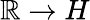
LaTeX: \mathbb{R}\to H